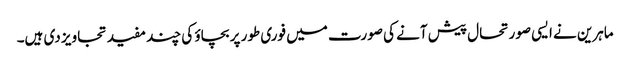
ماہرین نے ایسی صورتحال پیش آنے کی صورت میں فوری طور پر بچاؤ کی چند مفید تجاویز دی ہیں۔